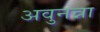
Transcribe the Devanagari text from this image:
अवुनन्ना